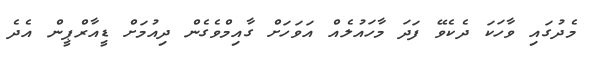
މެދުގައި ވާހަކަ ދެކެވޭ ފަދަ މާހައުލެއް އަވަހަށް ގާއިމްވެގެން ދިއުމަށް ޑީއާރްޕީން އެދެ